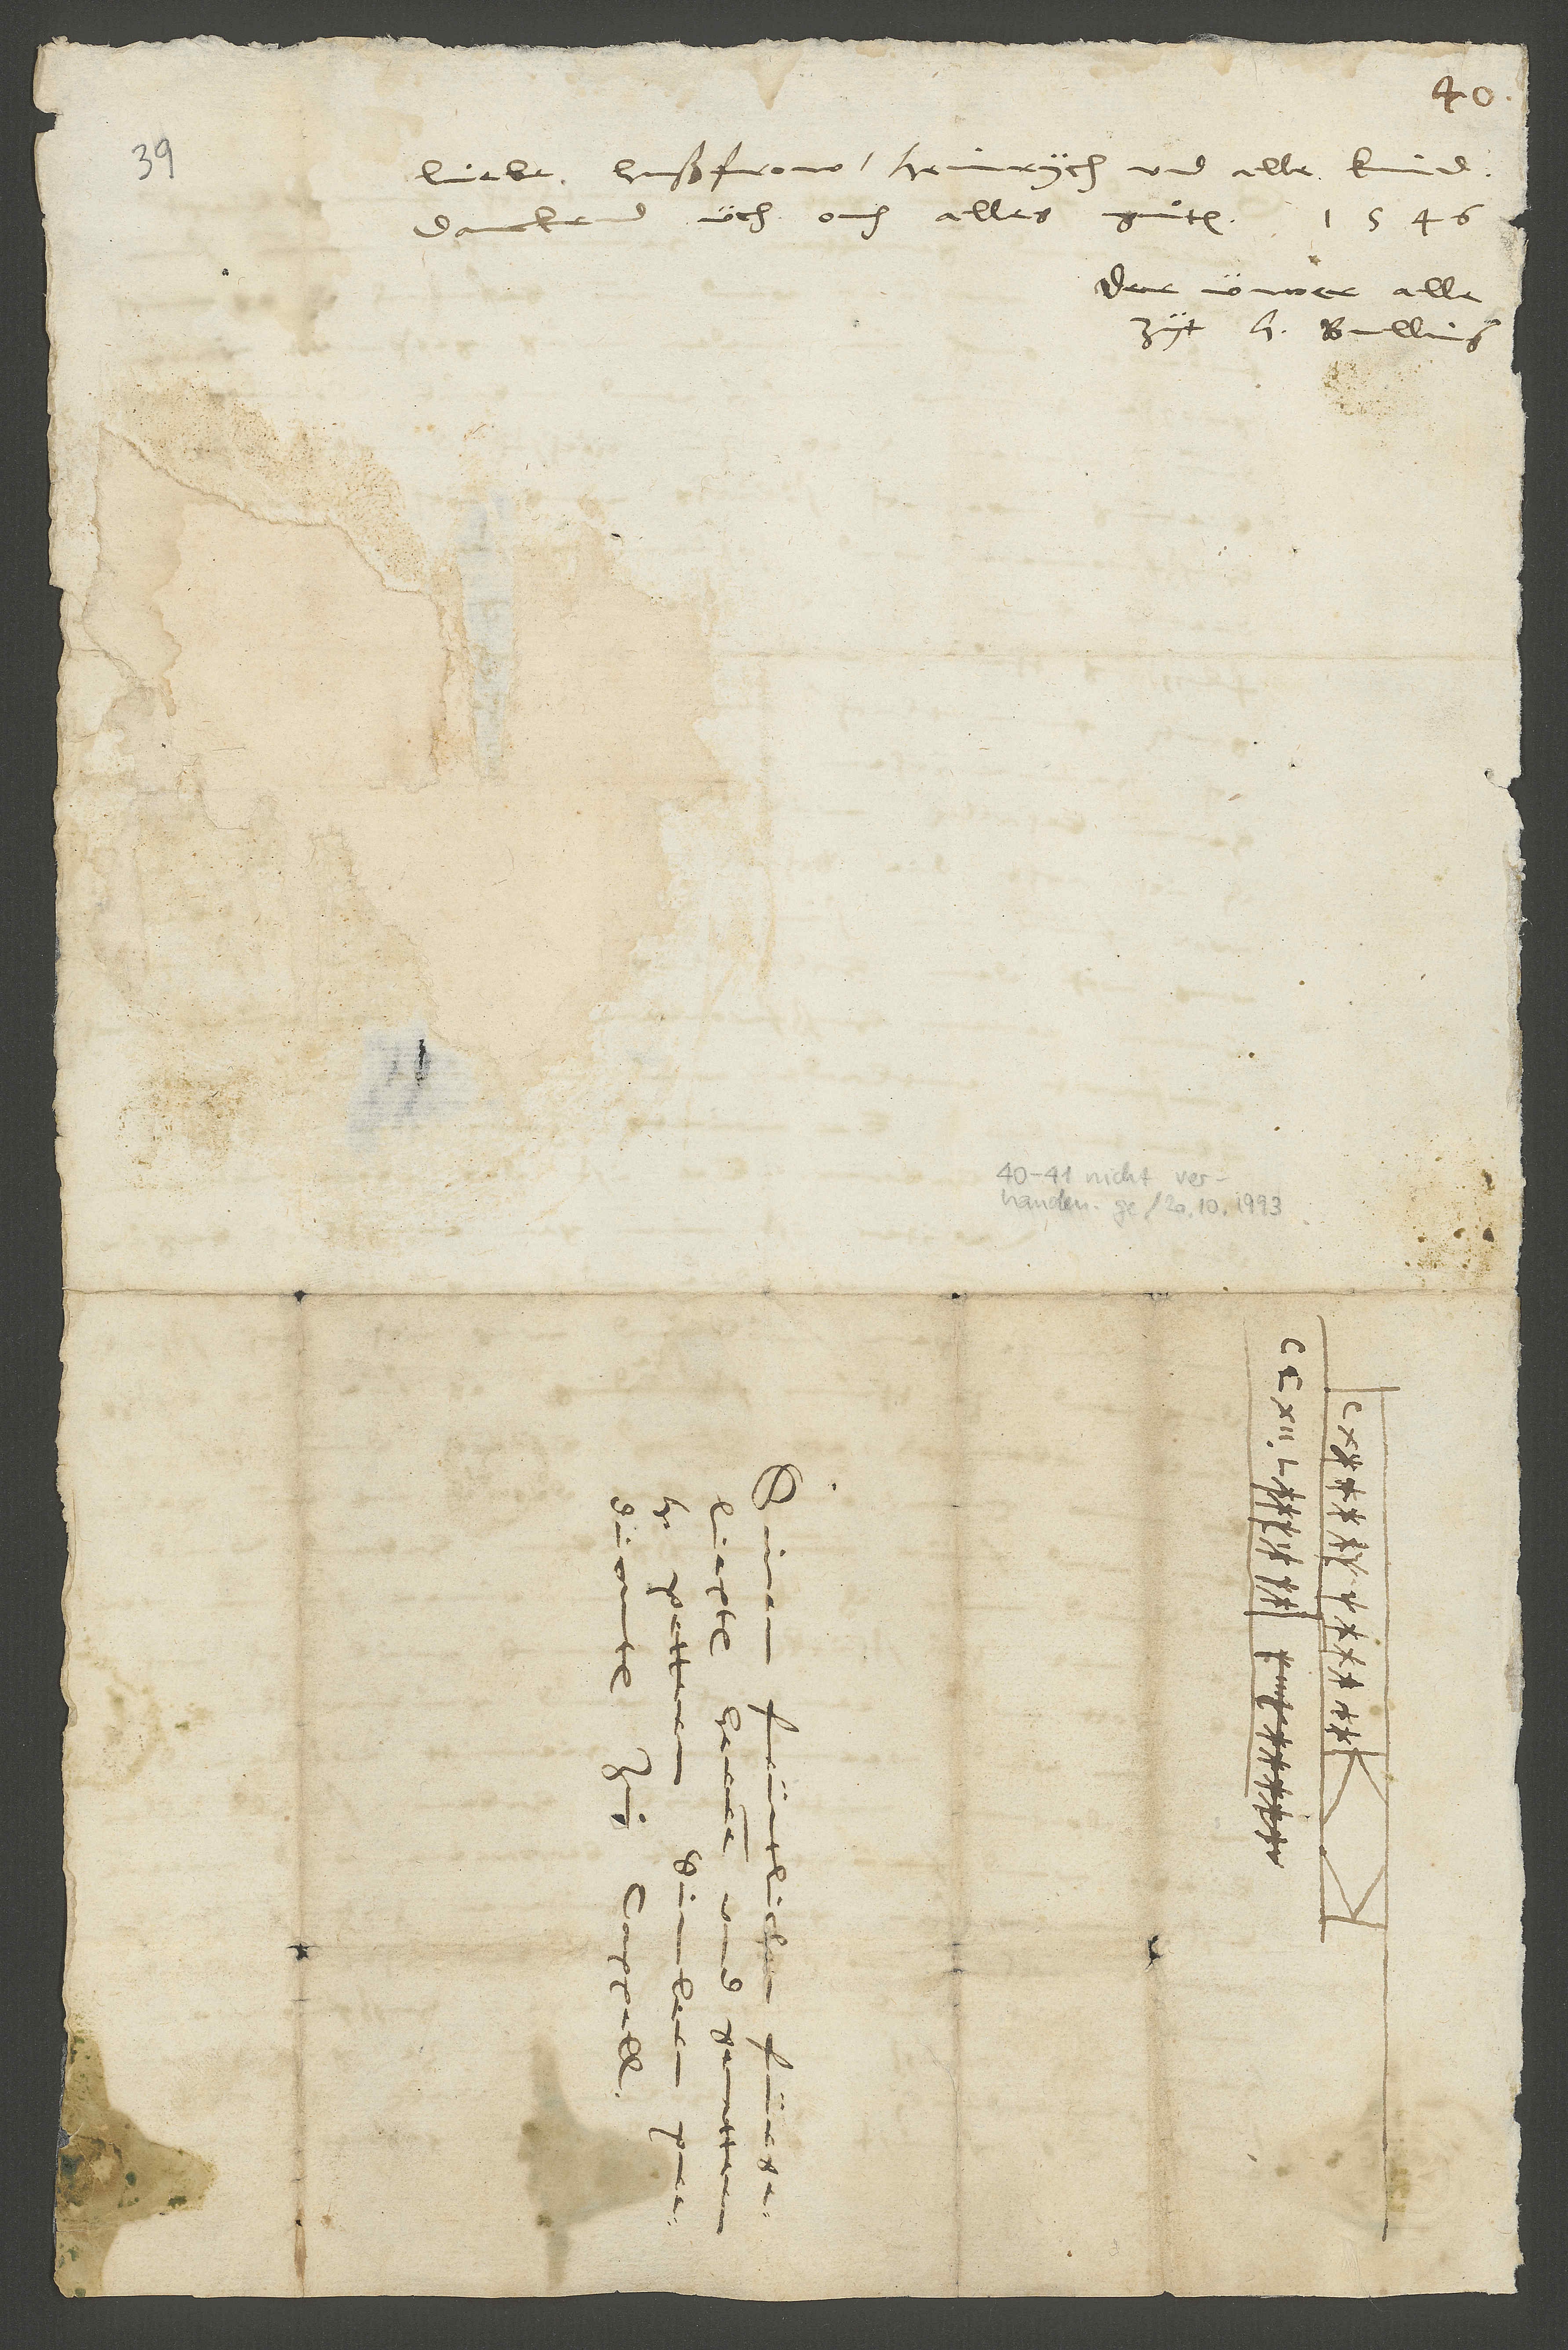
liebe hußfrow. Heinrych und alle kind
danckend üch ouch alles guͦten.
Der üwer alle
zyt H. Bullinger.